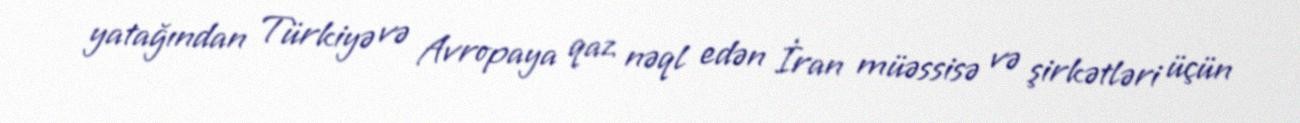
yatağından Türkiyə və Avropaya qaz nəql edən İran müəssisə və şirkətləri üçün